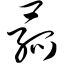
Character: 菰